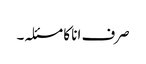
صرف انا کا مسئلہ۔